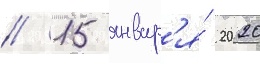
// 15 январ'я́ 2020